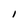
Character: l